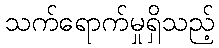
သက်ရောက်မှုရှိသည့်